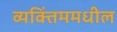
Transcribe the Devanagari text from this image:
व्यक्तिंममधील